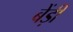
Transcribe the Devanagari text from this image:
बेंड़ी